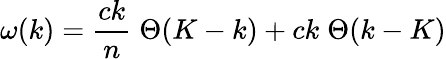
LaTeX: \omega(k)={\frac{ck}{n}}\; \Theta(K-k)+ck\; \Theta(k-K)